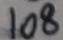
1 0 8